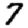
Digit: 7